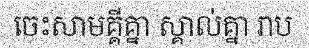
ចេះសាមគ្គីគ្នា ស្គាល់គ្នា រាប